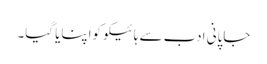
جاپانی ادب سے ہائیکو کواپنایا گیا۔